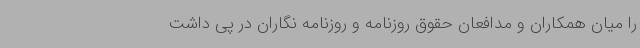
را میان همکاران و مدافعان حقوق روزنامه و روزنامه نگاران در پی داشت